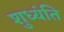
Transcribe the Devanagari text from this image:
शुध्यंति